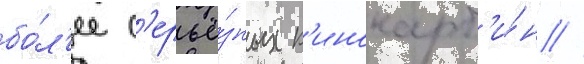
бо́л'ее с'ерьё́зных к'инокарт'и́н //